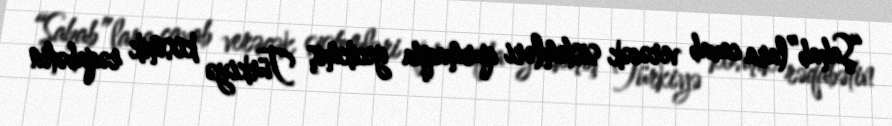
“Şahab”lara cavab verəcək sistemləri qurmaqda gecikmiş Türkiyə kosmik rəqabətin